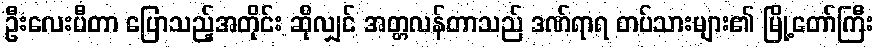
ဦးလေးပီတာ ပြောသည့်အတိုင်း ဆိုလျှင် အတ္တလန်တာသည် ဒဏ်ရာရ တပ်သားများ၏ မြို့တော်ကြီး